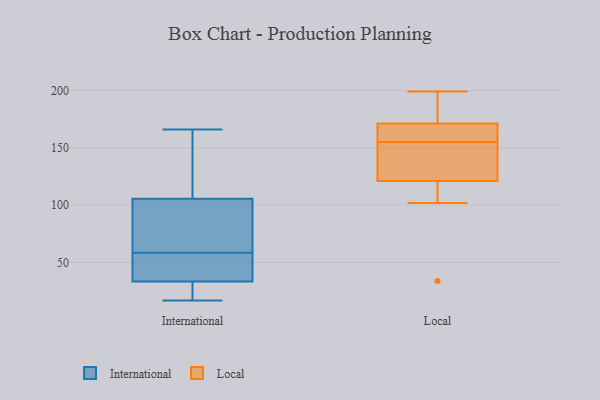
{"axis": {"x": "Production Output", "y": "Value"}, "legend": ["International", "Local"], "data": [{"x": "", "y": 17, "type": "International"}, {"x": "", "y": 55, "type": "International"}, {"x": "", "y": 112, "type": "International"}, {"x": "", "y": 136, "type": "International"}, {"x": "", "y": 86, "type": "International"}, {"x": "", "y": 33, "type": "International"}, {"x": "", "y": 45, "type": "International"}, {"x": "", "y": 99, "type": "International"}, {"x": "", "y": 21, "type": "International"}, {"x": "", "y": 54, "type": "International"}, {"x": "", "y": 30, "type": "International"}, {"x": "", "y": 93, "type": "International"}, {"x": "", "y": 34, "type": "International"}, {"x": "", "y": 62, "type": "International"}, {"x": "", "y": 166, "type": "International"}, {"x": "", "y": 136, "type": "International"}, {"x": "", "y": 142, "type": "Local"}, {"x": "", "y": 123, "type": "Local"}, {"x": "", "y": 102, "type": "Local"}, {"x": "", "y": 199, "type": "Local"}, {"x": "", "y": 168, "type": "Local"}, {"x": "", "y": 147, "type": "Local"}, {"x": "", "y": 130, "type": "Local"}, {"x": "", "y": 184, "type": "Local"}, {"x": "", "y": 175, "type": "Local"}, {"x": "", "y": 171, "type": "Local"}, {"x": "", "y": 155, "type": "Local"}, {"x": "", "y": 115, "type": "Local"}, {"x": "", "y": 34, "type": "Local"}, {"x": "", "y": 172, "type": "Local"}, {"x": "", "y": 157, "type": "Local"}, {"x": "", "y": 162, "type": "Local"}, {"x": "", "y": 107, "type": "Local"}]}